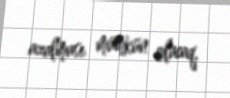
azalması mümkün olacaq.